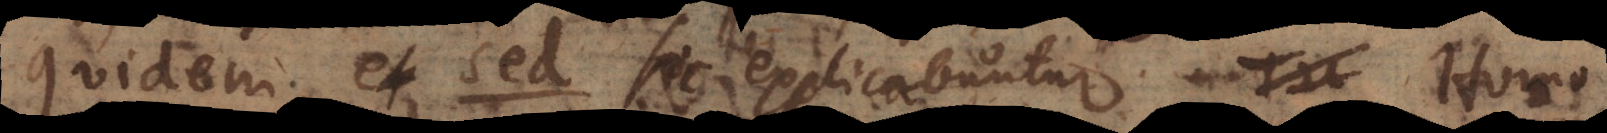
Quidem, et sed sic explicabuntur. Homo